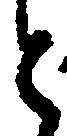
と